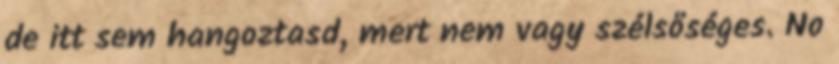
de itt sem hangoztasd, mert nem vagy szélsőséges. No